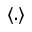
\langle . \rangle